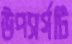
উপসর্গটি